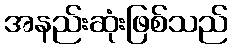
အနည်းဆုံးဖြစ်သည်